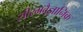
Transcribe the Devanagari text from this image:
सीरमवैज्ञानिक